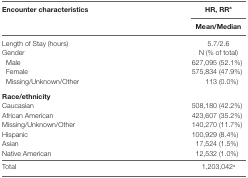
| <ROWSPAN=2> Encounter characteristics | HR, RRa |
 | Mean/Median |
 | --- | --- |
 | Length of Stay (hours) | 5.7/2.6 |
 | Gender | N (% of total) |
 | Male | 627,095 (52.1%) |
 | Female | 575,834 (47.9%) |
 | Missing/Unknown/Other | 113 (0.0%) |
 | <COLSPAN=2> Race/ethnicity |
 | Caucasian | 508,180 (42.2%) |
 | African American | 423,607 (35.2%) |
 | Missing/Unknown/Other | 140,270 (11.7%) |
 | Hispanic | 100,929 (8.4%) |
 | Asian | 17,524 (1.5%) |
 | Native American | 12,532 (1.0%) |
 | Total | 1,203,042a |